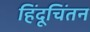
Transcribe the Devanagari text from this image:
हिंदूचिंतन